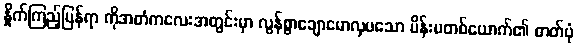
နှိုက်ကြည့်ပြန်ရာ ကိုအတံကလေးအတွင်းမှာ လွန်စွာချောမောလှပသော မိန်းမတစ်ယောက်၏ ဓာတ်ပုံ